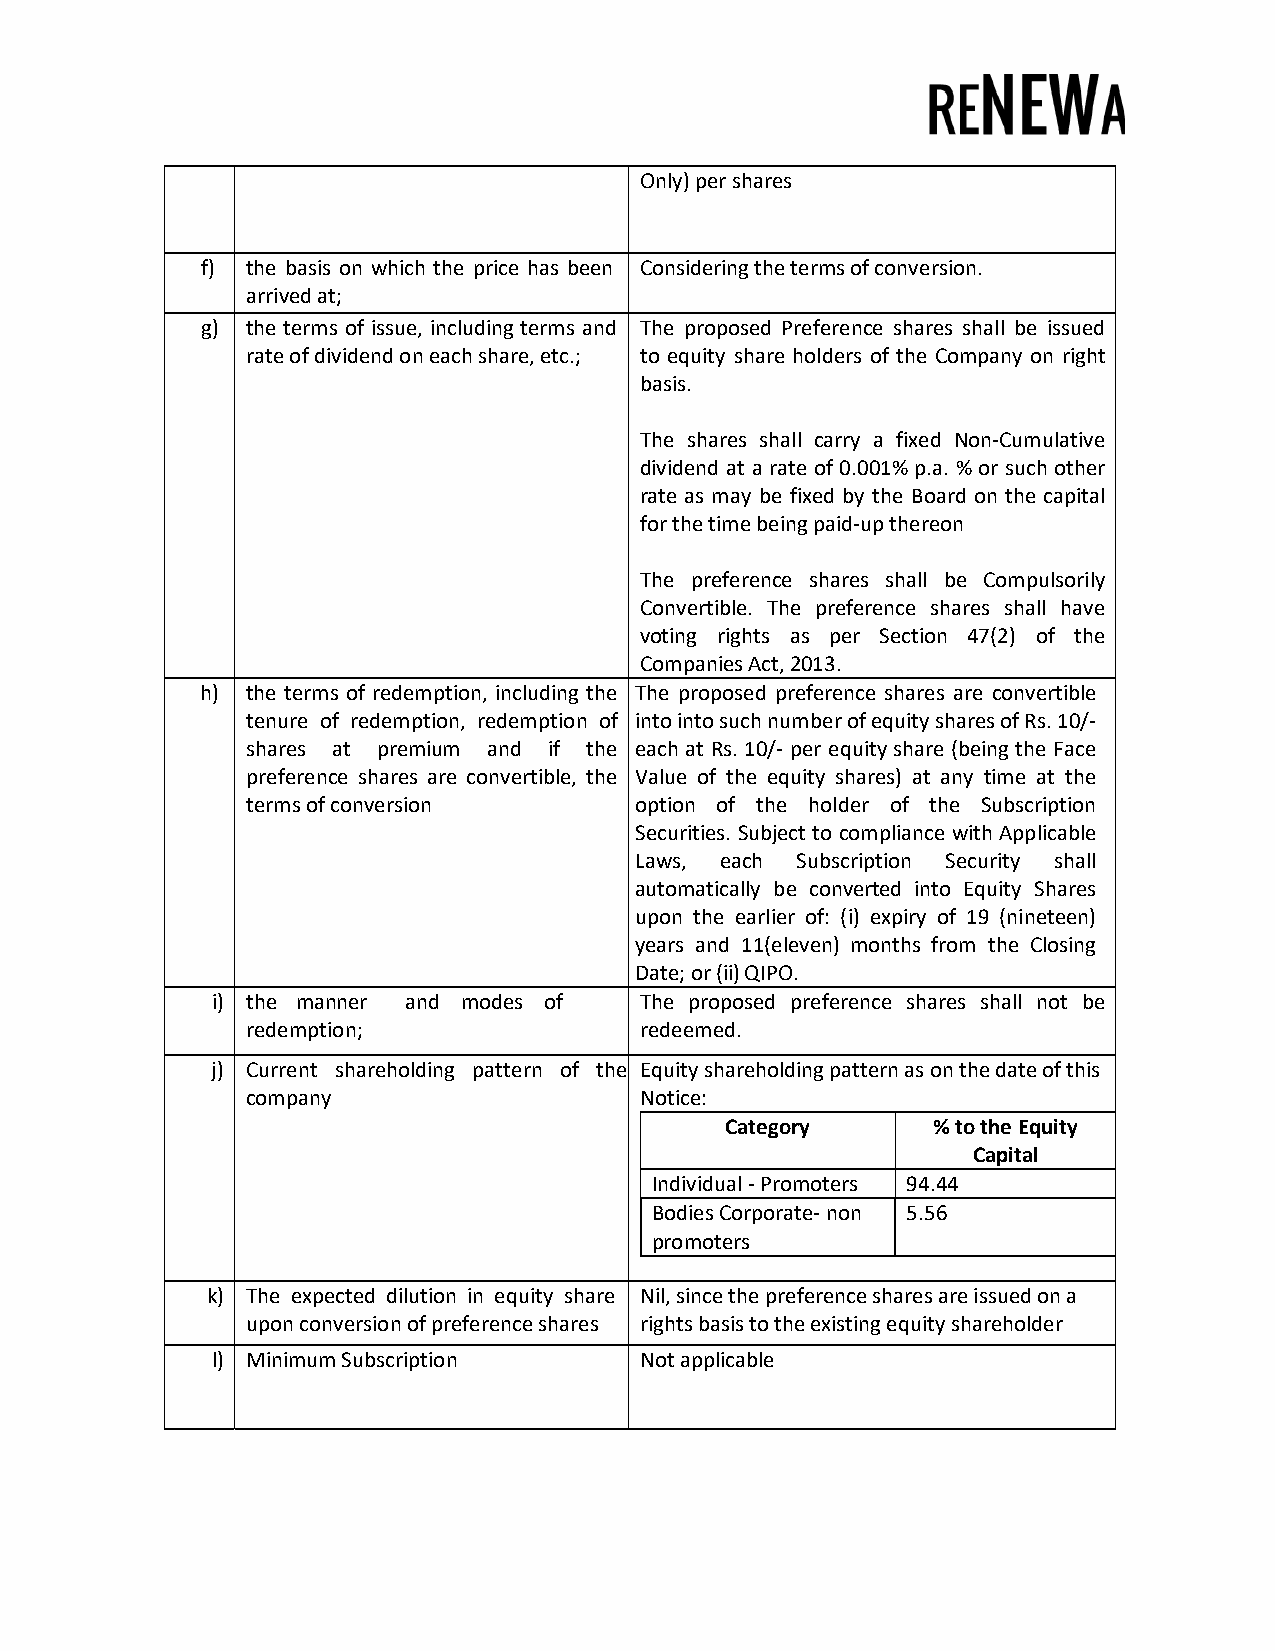
Only) per shares
 f) the basis on which the price has been Considering the terms of conversion.
 arrived at;
 g) the terms of issue, including terms and The proposed Preference shares shall be issued
 rate of dividend on each share, etc.; to equity share holders of the Company on right
 basis.
 The shares shall carry a fixed Non-Cumulative
 dividend at a rate of 0.001% p.a. % or such other
 rate as may be fixed by the Board on the capital
 for the time being paid-up thereon
 The preference shares shall be Compulsorily
 Convertible. The preference shares shall have
 voting rights as per Section 47(2) of the
 Companies Act, 2013.
 h) the terms of redemption, including the The proposed preference shares are convertible
 tenure of redemption, redemption of into into such number of equity shares of Rs. 10/-
 shares at premium and if the each at Rs. 10/- per equity share (being the Face
 preference shares are convertible, the Value of the equity shares) at any time at the
 terms of conversion       option of the holder of the Subscription
 Securities. Subject to compliance with Applicable
 Laws, each Subscription Security shall
 automatically be converted into Equity Shares
 upon the earlier of: (i) expiry of 19 (nineteen)
 years and 11(eleven) months from the Closing
 Date; or (ii) QIPO.
 i) the manner and modes of  The proposed preference shares shall not be
 redemption;               redeemed.
 j) Current shareholding pattern of the Equity shareholding pattern as on the date of this
 company                   Notice:
 Category      % to the Equity
 Capital
 Individual - Promoters 94.44
 Bodies Corporate- non 5.56
 promoters
 k) The expected dilution in equity share Nil, since the preference shares are issued on a
 upon conversion of preference shares rights basis to the existing equity shareholder
 l) Minimum Subscription     Not applicable